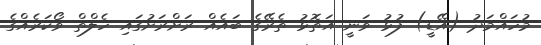
މުހައްމަދު (އޭޑީ) ފުޅު ވަނީ އަތޮޅު ތެރޭގެ ބައެއް ރަށްރަށުގައި ހެލްތް ވޯކަރެއްގެ